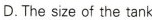
D.The size of the tank